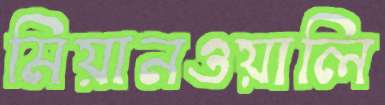
মিয়ানওয়ালি